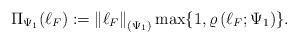
LaTeX: \begin{align*}\Pi_{\Psi_1}(\ell_F) := \left\|\ell_F\right\|_{(\Psi_1)} \max\{1, \varrho\left(\ell_F; \Psi_1\right)\} .\end{align*}